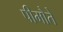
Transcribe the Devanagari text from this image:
पीमौते